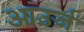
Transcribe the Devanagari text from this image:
आउर्ज